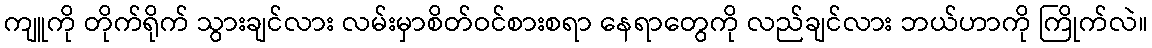
ကျူကို တိုက်ရိုက် သွားချင်လား လမ်းမှာစိတ်ဝင်စားစရာ နေရာတွေကို လည်ချင်လား ဘယ်ဟာကို ကြိုက်လဲ။